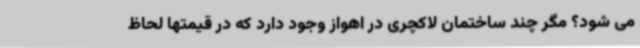
می شود؟ مگر چند ساختمان لاکچری در اهواز وجود دارد که در قیمتها لحاظ